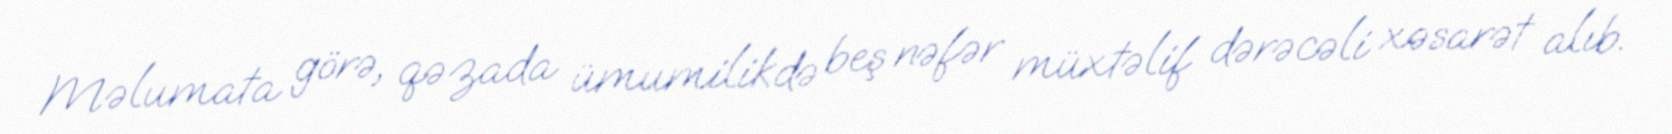
Məlumata görə, qəzada ümumilikdə beş nəfər müxtəlif dərəcəli xəsarət alıb.